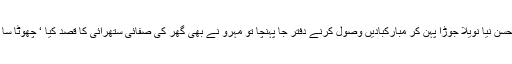
معروف حسن نیا نویلا جوڑا پہن کر مبارکبادیں وصول کرنے دفتر جا پہنچا تو مہرو نے بھی گھر کی صفائی ستھرائی کا قصد کیا ‘ چھوٹا سا گھر تھا۔